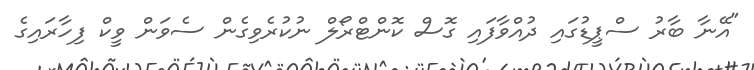
"އޭނާ ބާރު ސްޕީޑުގައި ދުއްވާފައި ގޮސް ކޮންޓްރޯލް ނުކުރެވިގެން ސެވަން ވީކް ފިހާރައިގެ